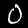
Digit: 0